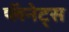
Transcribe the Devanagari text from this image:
प्लॅनेट्स